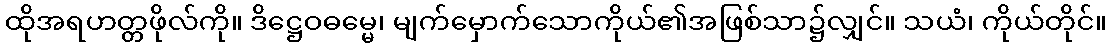
ထိုအရဟတ္တဖိုလ်ကို။ ဒိဋ္ဌေဝဓမ္မေ၊ မျက်မှောက်သောကိုယ်၏အဖြစ်သာ၌လျှင်။ သယံ၊ ကိုယ်တိုင်။